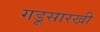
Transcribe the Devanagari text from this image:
गडूसारखी